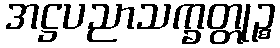
အဋ္ဌပညာသက္ခတ္တုဉ္စ